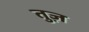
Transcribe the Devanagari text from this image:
तुज़